Annual report of the Civil Veterinary Department, Bengal, and of the Bengal Veterinary College for the year 1906-1907 - 1906-1907
Year: 1906
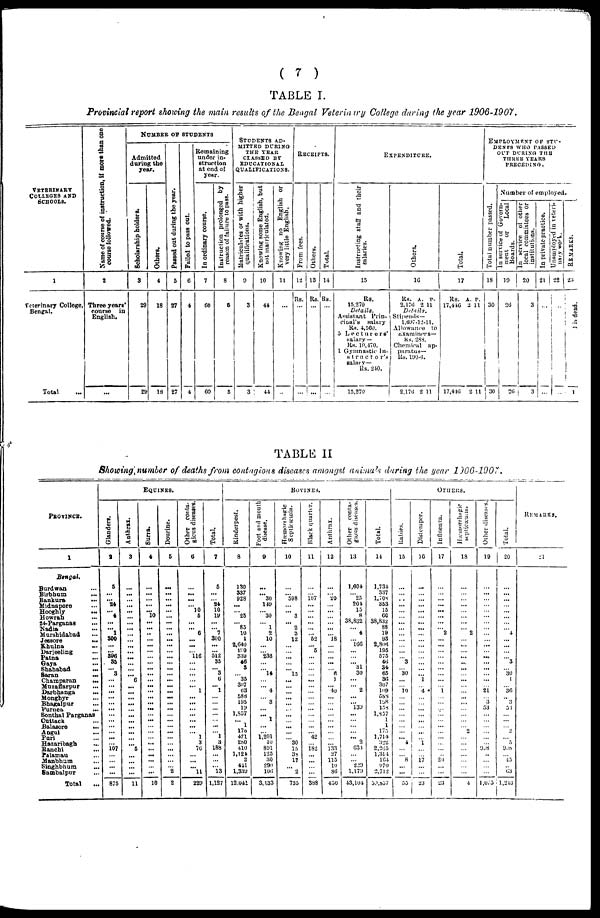
(7)
TABLE I.
Provincial report showing the main results of the Bengal Veterinary College during the year 1906-1907.
VETERINARY
COLLEGES AND
SCHOOLS.
1
Veterinary College,
Bengal.
Total ...
Name of course of instruction, if more than one
course followed.
2
Three years'
course
in
English.
...
NUMBER OF STUDENTS
Admitted
during the
year.
Scholarship holders.
3
29
29
Ot hers .
4
18
18
Pas s e d out during the year.
5
27
27
Fai l
ed to pass out.
6
4
4
Remaining
under in-
struction
at end of
year.
In ordinary course.
7
00
60
Instruction prolonged by
reason of failure to pass.
8
6
5
STUDENTS AD¬
MITTED DURING
THE TEAR
CLASSED BY
EDUCATIONAL
QUALIFICATIONS.
Matriculates or with higher
qualifications.
9
3
3
Knowing some English, but
not matriculated.
10
41
44
Knowing no English or
very little English.
11
...
...
RECEIPTS.
From fees.
12
Rs.
...
...
Others.
13
Rs.
...
...
Total.
14
Rs.
...
...
EXPENDITURE.
Instructing staff and their
salaries.
15
Rs.
15.270
Details.
Assistant Prin-
cipal's
salary
Rs. 4,560.
5 Lecturers'
salary —
Rs. 10,470.
1 Gymnastic In-
structor's
salary—
Rs. 240.
15,270
Others.
16
Rs. a. v-
2,170 2 11
Details.
Stipends—
1,697-12-11.
Allowance to
examiners—
Rs. 288.
Chemical ap-
paratus—
Rs. 190-6.
2,170 2 11
Total.
17
Rs. a. p.
17,446 2 11
17,446
2 11
EMPLOYMENT OF STU-
DENTS WHO PASSED
OUT DURING THE
THREE YEARS
PRECEDING.
Total number passed.
18
30
30
Number of employed.
In service of Govern-
ment or
Local
Boards.
19
20
20
In service of other
local committees or
institutions.
20
3
3
In private practice.
21
...
...
Unemployed in veteri-
nary work.
22
...
...
REMARKS.
23
1 is dead.
1
TABLE II
Showing number of deaths from contagious diseases amongst animals during the year 1906-1907.
PROVINCE.
1
Bengal.
Burdwan ...
Birbhum ...
Bankura
...
Midnapore ...
Hooghly
...
Howrah ...
24-Parganas ...
Nadia
...
Murshidabad ...
Jessore
...
Khulna
...
Darjeeling ...
Patna ...
Gaya ...
Shahabad
...
Saran
...
Champaran
...
Muzaffarpur ...
Darbhanga ...
Monghyr ...
Bhagalpur ...
Purnea ...
Sonthal Parganas
Cuttack ...
Balasore
...
Angul ...
Pari ...
Hazaribagh ...
Banchi ...
Palamau ...
Manbhum ...
Singhbhum
...
Sambalpur ...
Total
...
EQUINES.
Glanders.
a
5
...
... 24
... 4
...
... 1
300
...
396
35
... 3
...
...
...
...
...
...
...
...
...
... ...
... 107
...
...
...
...
875
Anthrax.
3
...
...
...
...
...
...
...
... ...
... ...
...
...
...
... 6
...
...
...
...
...
...
...
...
...
...
... 5
...
... ...
...
11
Surra.
4
...
...
...
...
... 10
...
... ..
...
...
...
...
...
...
...
...
... ...
...
...
... ...
...
...
... ...
...
...
...
... ...
10
Dourine.
5
...
...
...
...
...
...
...
... ...
...
...
...
... ...
... ...
...
...
...
...
...
... ...
...
...
...
... ...
...
...
... 2
2
Other conta-
gicus diseases.
6
...
... ...
... 10
5
...
... 6
...
...
116
...
...
...
... ... 1
...
...
...
...
...
...
... 1
3
70
... ...
... 11
229
Total.
7
5
...
... 24
10
19
...
... 7
300
...
512
35
... 3
0
... 1
...
... ...
... ...
...
... 1
3
188
...
... ... 13
1,127
BOVINES.
Rinderpest.
8
130
337
928
...
... 25
... 83
10
1
2,640
140
339 46
3
... 35
307
03
588
195
19
1,857
... 1
175
471
280
410
1,121
2
441
1,339
12,041
Foot and mouth
disease.
9
...
... 30
149
... 30
... 1
2
10
...
238
...
... 14
... ... 4
... 3
... ... 1
...
... 1,201
10
891
125
30
290
100
3,133
Hæmorrhagic
Septicæmia.
10
...
... 598
...
... 3
... 2
3
12
...
...
...
... 15
...
...
...
...
...
... ...
... ...
...
... 30
15
38
17
...
2
735
Black quarter.
11
...
... 107
...
...
...
...
... ... 52
... 6
...
...
... ...
...
...
...
...
...
...
...
... ... 42
... 182
...
...
...
...
388
Anthrax.
12
...
... 20
...
...
...
...
...
... 18
...
...
...
... 6
1
... 40
...
...
...
...
...
...
...
...
... 133
27
115
10
80
430
Other conta-
gious diseases.
13
1,604
... 25
204
15
8
38,832
... 4
... 166
...
... 31
30
...
... 2
...
... 139
...
...
...
... ...
... 634
...
... 229
1,179
43,104
Total.
14
1,734
337
1,708
353
15
66
38,832
88
19
93
2,806
195
575
40
34
65
30
307
109
588
198
153
1,837
1
1
175
1,714
322
2,205
1,314
164
970
2,712
39,887
OTHERS.
Rabies.
15
...
... ...
...
...
...
...
... ...
...
...
...
3
... 30
...
... 10
...
...
...
...
...
...
...
... 4
...
... 8
...
...
55
Distemper.
10
...
... ...
...
...
...
...
...
...
...
...
...
... ...
... 1
... 4
...
...
...
... ...
... ...
... 1
...
... 17
...
...
23
Influenza.
17
...
...
...
...
...
...
...
... 2
...
...
...
...
...
...
...
... 1
... ...
...
... ...
...
...
...
... ...
...
20
...
...
23
Hæmorrhagic
septicæmla.
18
...
...
...
...
...
...
...
... 2
... ...
...
...
...
... ...
...
...
...
...
...
...
...
... 2
...
...
...
...
...
...
...
4
Other diseases.
19
...
...
...
...
...
...
...
... ...
... ...
...
...
...
...
...
... 21
... 3
53
...
...
...
...
...
... 908
...
...
...
...
1,075
Total.
20
...
...
...
... ...
...
...
... 4
...
...
...
3
... 30
1
... 30
... 3
53
...
...
... 2
... 5
908
... 45
... 03
1,243
REMARKS.